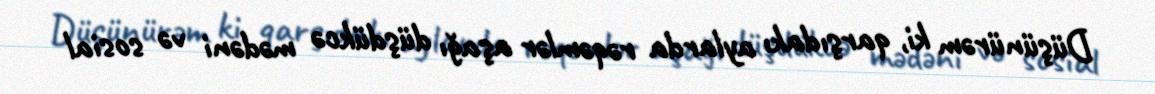
Düşünürəm ki, qarşıdakı aylarda rəqəmlər aşağı düşdükcə mədəni və sosial